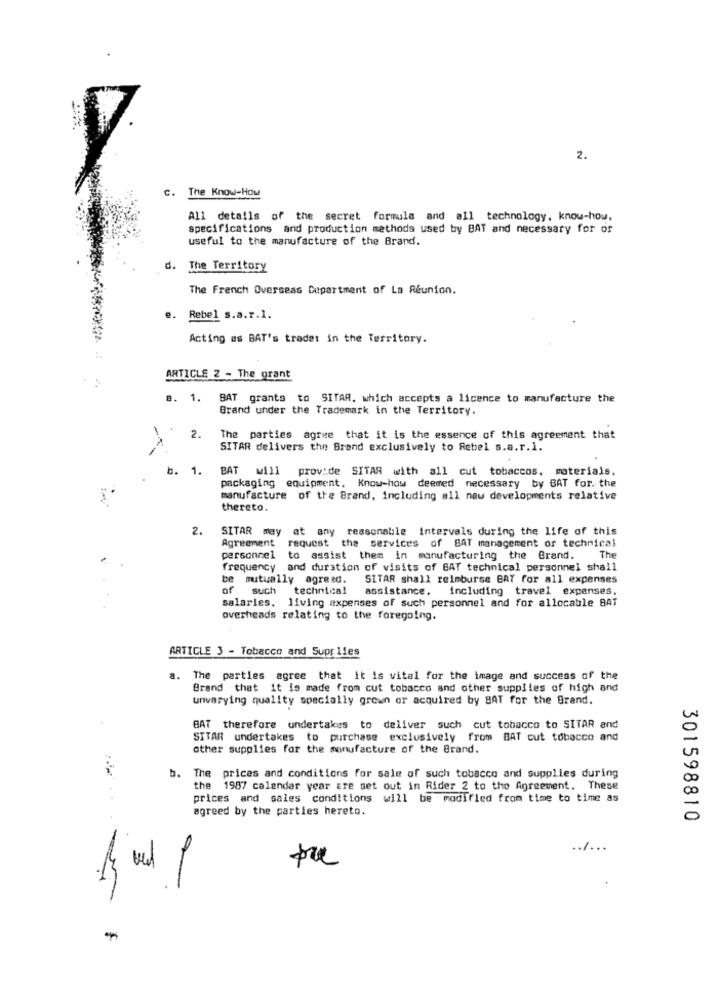
2.
c.
The Know-How
All details of the secret formula and all technology, know-how,
specifications and production methods used by BAT and necessary for of
useful to the manufacture of the Brand.
d.
The Territory
The French Overseas Department of La Réunion.
e. Rebel s.a.r.l.
Acting as BAT's trodet in the Territory.
ARTICLE 2 - The grant
8. 1.
BAT grants to SITAR, which accepts a licence to manufacture the
Brand under the Trademark in the Territory.
-
2.
The parties agree that it is the essence of this agreement that
SITAR delivers the Brand exclusively to Rebel s.a.r.l.
.
b. 1
BAT will provide SITAR with all cut tobaccos, materials.
packaging equipment. Know-how deeded necessary by BAT for. the
manufacture of the Brand, including all new developments relative
thereto.
2.
SITAR mey at any reasonable Intervals during the life of this
Agreement request the services of BAT management of technical
personnel to assist them in manufacturing the Brand.
The
frequency and duration of visits of BAT technical personnel shall
be mutually agread.
SITAR shall reimburse BAT for all expenses
of such
technical
assistance, including travel expenses.
salarles, living expenses of such personnel and for allocable BAT
overheads relating to the foregoing.
ARTICLE 3 - Tobacco and Supplies
a. The parties agree that it is vital for the image and success of the
Brand that it is made from cut tobacco and other supplies of high and
unvarying quality specially grown or acquired by BAT for the Brand.
BAT therefore undertakes to deliver such cut tobacco to SITAR and
SITAR undertakes to purchase exclusively from BAT cut tobacco and
other supplies for the manufacture of the Brand.
b. The prices and conditions for sale of such tobacco and supplies during
the 1987 calendar year are set out in Rider 2 to the Agreement. These
prices and sales conditions will be modified from time to time as
agreed by the parties hereto.
301598810
......
und
*